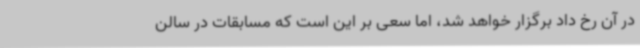
در آن رخ داد برگزار خواهد شد، اما سعی بر این است که مسابقات در سالن